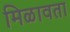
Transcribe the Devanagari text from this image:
मिळावता